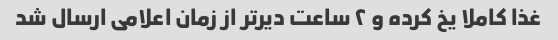
غذا کاملا یخ کرده و ۲ ساعت دیرتر از زمان اعلامی ارسال شد